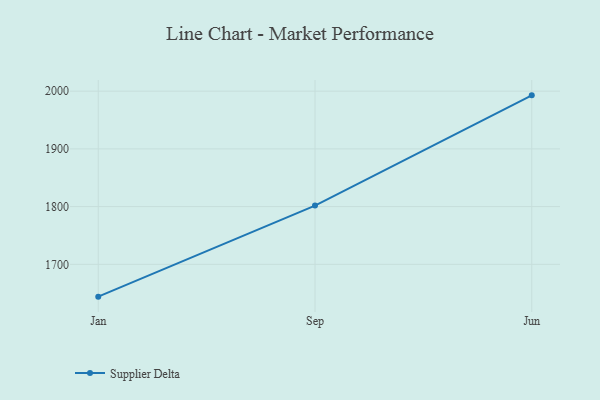
{"axis": {"x": "Month", "y": "Inventory Turnover"}, "legend": ["Supplier Delta"], "data": [{"x": "Jan", "y": 1644.0, "type": "Supplier Delta"}, {"x": "Sep", "y": 1801.8, "type": "Supplier Delta"}, {"x": "Jun", "y": 1992.7, "type": "Supplier Delta"}]}